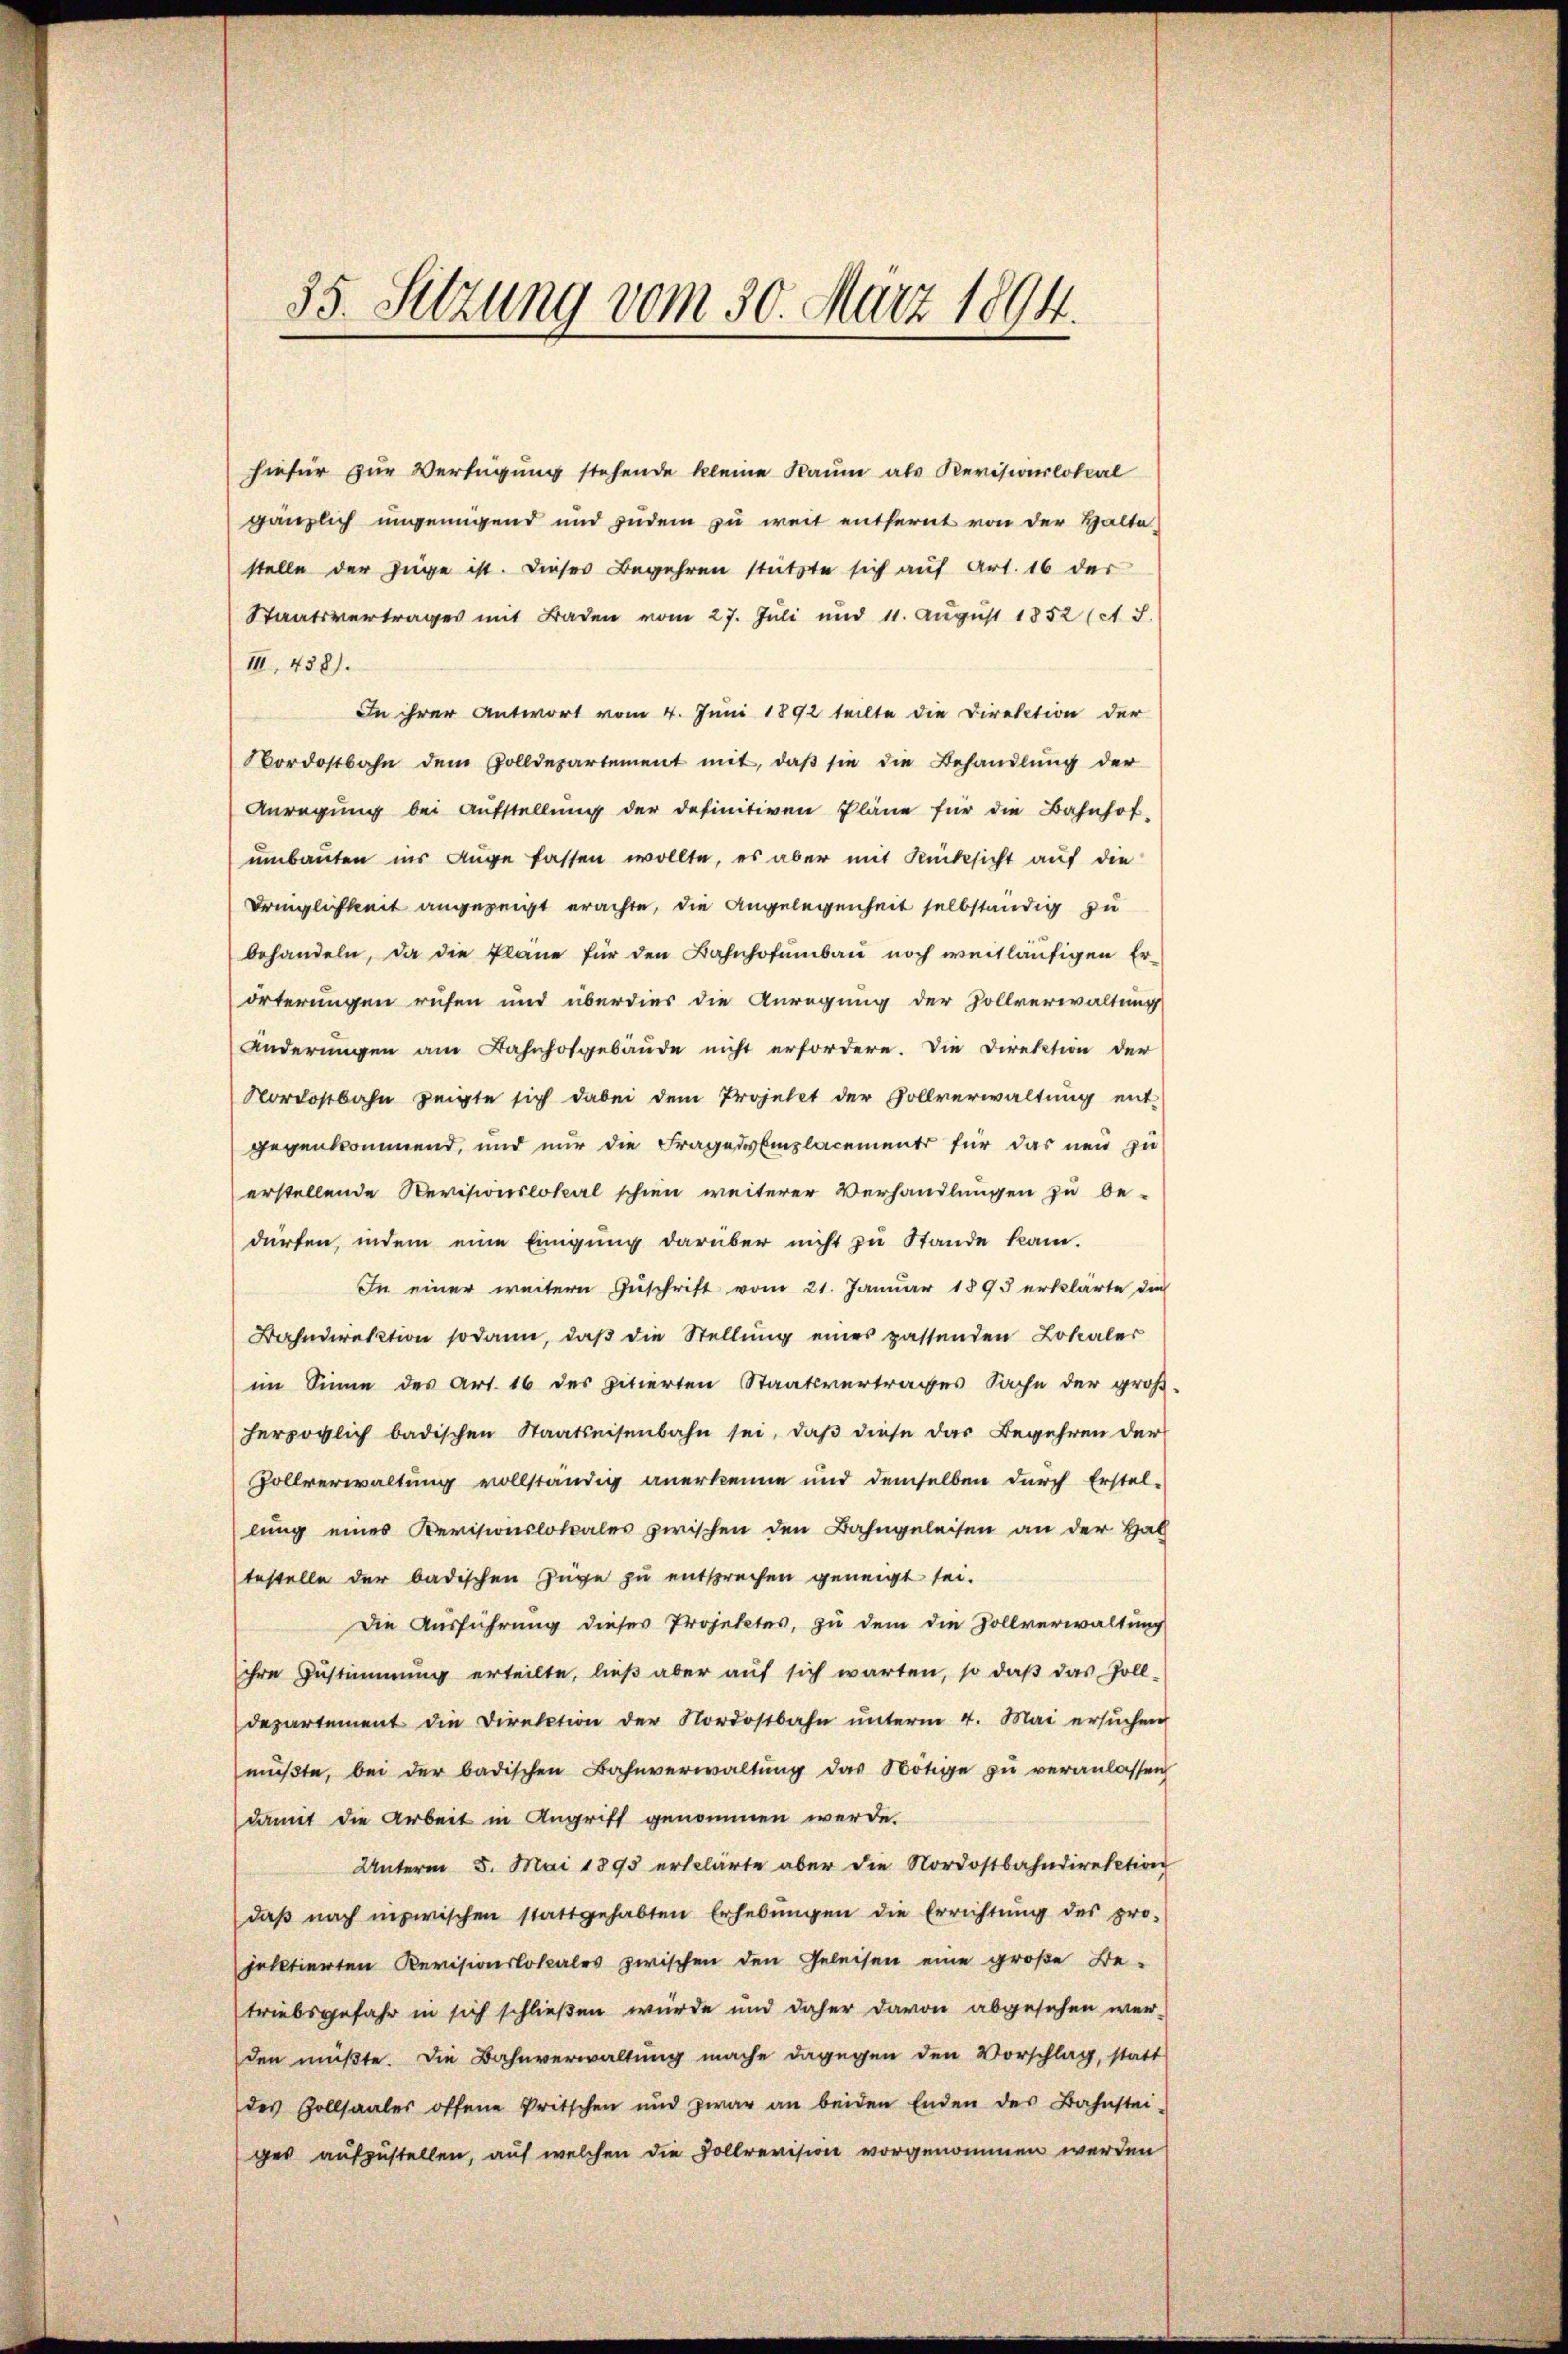
hiefür zur Verfügung stehende kleine Raum als Revisionslokal
gänzlich ungenügend und zudem zu weit entfernt von der Halte,
stelle der Züge ist. Dieses Begehren stützte sich auf Art. 16 der
Staatsvertrages mit Baden vom 27. Juli und 11. Aŭgŭst 1852 (1 J.
III. 438.
In ihrer Antwort vom 4. Juni 1892 teilte die Direktion der
Nordostbahn dem Zolldepartement mit, daß sie die Behandlung der
Anregŭng bei Aŭfstellŭng der definitiven Pläne für die Bahnhof-
umbauten ins Auge fassen wollte, es aber mit Rücksicht auf die
Dringlichkeit angezeigt erachte, die Angelegenheit selbständig zu
behandeln, da die Pläne für den Bahnhofumbau noch weitläufigen Er-
örterungen rufen und überdies die Anregung der Zollverwaltung
Änderungen am Bahnhofgebäude nicht erfordere. Die Direktion der
Nordostbahn zeigte sich dabei dem Projekt der Vollverwaltung ent-
gegenkommend, und nur die Fragessemplacements für das neu zu
erstellende Revisionslokal schien weiterer Verhandlungen zu be-
dürfen, indem eine Einigung darüber nicht zu Stande kam.
In einer weitern Zuschrift vom 21. Januar 1893 erklärte die
Bahndirektion sodann, daß die Stellung eines passenden Lokaler
im Sinne des Art. 16 des pitierten Staatsvertrages Sache der groß-
herzoglich badischen Staatseisenbahn sei, daß diese das Begehren der
Zollverwaltung vollständig anerkenne und demselben durch Erstel-
lung eines Revisionslokales zwischen den Bahngeleisen an der Hal
testelle der badischen Züge zu entsprechen geneigt sei.
Die Ausführung dieses Projektes, zu dem die Sollverwaltung
ihre Zustimmung erteilte, ließ aber auf sich warten, so daß das Soll-
departement die Direktion der Nordostbahn ŭnterm 4. Mai ersŭchen
müβte, bei der badischen Bahnverwaltŭng das Nötige zu veranlassen
damit die Arbeit in Angriff genommen werde.
Unterm 5. Mai 1893 erklärte aber die Nordostbahndirektion
daß nach inzwischen stattgehabten Erhebungen die Errichtung des pro-
jeltierten Revisionslokales zwischen den Geleisen eine große Be-
triebsgefahr in sich schließen würde und daher davon abgesehen werden müßte. Die Bahnverwaltung mache dagegen den Vorschlag, statt
des Zollsaales offene Pritschen und zwar an beiden Enden des Bahnstei-
ges aufzustellen, auf welchen die Vollrevision vorgenommen werden

35. Setzung vom 30. März 1894.